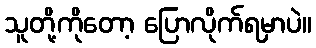
သူတို့ကိုတော့ ပြောလိုက်ရမှာပဲ။